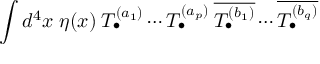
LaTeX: \int d ^ { 4 } x \; \eta ( x ) \: T _ { \bullet } ^ { ( a _ { 1 } ) } \cdots T _ { \bullet } ^ { ( a _ { p } ) } \: \overline { { { T _ { \bullet } ^ { ( b _ { 1 } ) } } } } \cdots \overline { { { T _ { \bullet } ^ { ( b _ { q } ) } } } }